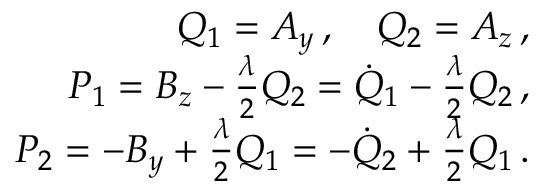
\begin{array} { r } { Q _ { 1 } = A _ { y } \, , \quad Q _ { 2 } = A _ { z } \, , } \\ { P _ { 1 } = B _ { z } - \frac { \lambda } { 2 } Q _ { 2 } = \dot { Q } _ { 1 } - \frac { \lambda } { 2 } Q _ { 2 } \, , } \\ { P _ { 2 } = - B _ { y } + \frac { \lambda } { 2 } Q _ { 1 } = - \dot { Q } _ { 2 } + \frac { \lambda } { 2 } Q _ { 1 } \, . } \end{array}